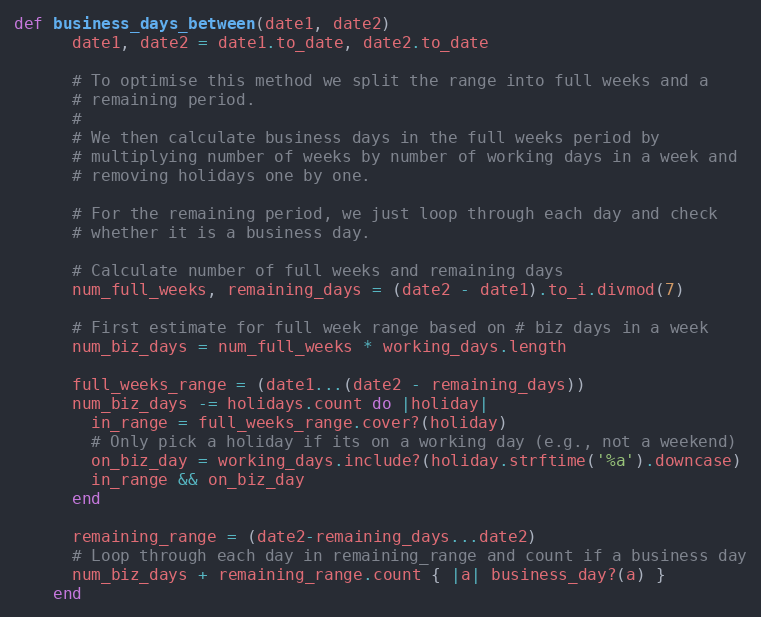
Language: Ruby
def business_days_between(date1, date2)
      date1, date2 = date1.to_date, date2.to_date

      # To optimise this method we split the range into full weeks and a
      # remaining period.
      #
      # We then calculate business days in the full weeks period by
      # multiplying number of weeks by number of working days in a week and
      # removing holidays one by one.

      # For the remaining period, we just loop through each day and check
      # whether it is a business day.

      # Calculate number of full weeks and remaining days
      num_full_weeks, remaining_days = (date2 - date1).to_i.divmod(7)

      # First estimate for full week range based on # biz days in a week
      num_biz_days = num_full_weeks * working_days.length

      full_weeks_range = (date1...(date2 - remaining_days))
      num_biz_days -= holidays.count do |holiday|
        in_range = full_weeks_range.cover?(holiday)
        # Only pick a holiday if its on a working day (e.g., not a weekend)
        on_biz_day = working_days.include?(holiday.strftime('%a').downcase)
        in_range && on_biz_day
      end

      remaining_range = (date2-remaining_days...date2)
      # Loop through each day in remaining_range and count if a business day
      num_biz_days + remaining_range.count { |a| business_day?(a) }
    end